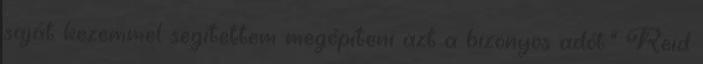
saját kezemmel segítettem megépíteni azt a bizonyos adót.” Reid